Vaccination United Provinces of Agra and Oudh 1914-1922 - 1914-1922
Year: 1914
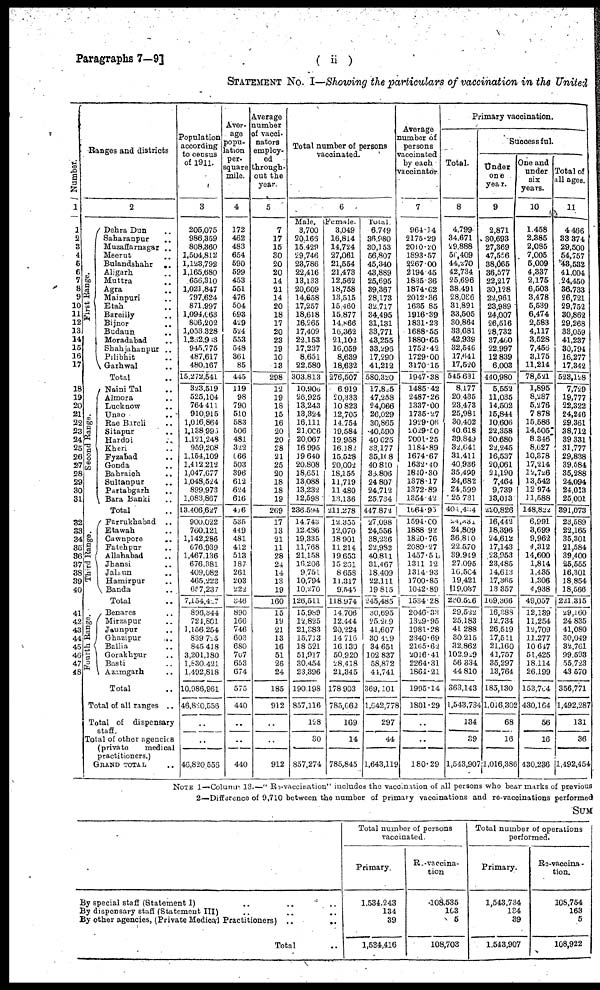
Paragraphs 7—9]
( ii )
STATEMENT No. I—Showing the particulars of vaccination in the United
Number.
1
1
2
3
4
5
6
7
8
9
10
11 12
13
14
15
16
17
18
19
20
21
22
23
24
25
26
27
28
29
30
31
32
33
34
35
36
37
38
39
40
41
42
43
44
45
46
47
48
Ranges and districts
2
First Range.
Second Range.
Third Range.
Fourth Range.
Dehra Dun ..
Saharanpur ..
Muzaffarnagar ..
Meerut ..
Bulandshahr
..
Aligarh ..
Muttra ..
Agra ..
Mainpuri ..
Etah ..
Bareilly ..
Bijnor ..
Budaun ..
Moradabad ..
Shahjahanpur ..
Pilibhit ..
Garhwal ..
Total ..
Naini Tal ..
Almora ..
Lucknow ..
Unao ..
Rae Bareli ..
Sitapur ..
Hardoi ..
Kheri ..
Fyzabad ..
Gonda ..
Bahraich ..
Sultanpur ..
Partabgarh ..
Bara Banki ..
Total ..
Farrukhabad
..
Etawah ..
Cawnpore ..
Fatehpur ..
Allahabad ..
Jhansi ..
Jalaun ..
Hamirpur ..
Banda ..
Total ..
Benares ..
Mirzapur ..
Jaunpur ..
Ghazipur
..
Ballia ..
Gorakhpur ..
Basti ..
Azamgarh ..
Total ..
Total of all ranges ..
Total of dispensary
staff.
Total of other agencies
(private medical
practitioners.)
GRAND TOTAL
Population
according
to census
of 1911.
3
205,075
986,359
808,360
1,504,812
1,123,792
1,165,680
656,310
1,021,847
797,624
871,997
1,094,663
806,202
1,053,328
1,262,963
945,775
487,617
480,167
15,272,541
323,519
525,104
764,411
910,915
1,016,864
1,138,996
1,121,248
959,208
1,154,109
1,412,212
1,047,677
1,048,524
899,973
1,083,867
13,406,627
900,022
760,121
1,142,286
676,939
1,467,136
676,381
409,082
465,223
657,237
7,154,427
896,344
724,801
1,156,254
839,725
845,418
3,201,180
1,830,421
1,492,818
10,986,961
46,820,556
..
..
46,820,556
Aver-
age
popu-
lation
per-
square
mile.
4
172
462
483
654
590
599
453
551
476
504
693
429
524
553
548
361
85
445
119
98
790
510
583
506
481
322
666
503
396
612
624
616
416
535
449
481
412
513
187
261
203
222
346
890
166
746
603
680
767
653
674
575
440
..
..
440
Average
number
of vacci¬
nators
employ-
ed
through-
out the
year.
5
7
17
15
30
20
20
14
21
14
20
18
17
20
23
19
10
13
298
12
19
18
15
16
20
20
28
21
25
20
18
18
19
269
17
13
21
11
28
24
14
13
19
160
15
19
21
13
16
51
26
24
185
912
..
..
912
Total number of persons
vaccinated.
6
Male.
3,700
20,166
15,429
29,746
23,786
22,416
13,133
20,609
14,658
17,257
18,618
16,265
17,409
22,153
17,237
8,651
22,580
303,813
10,906
26,925
13,243
13,324
16,111
21,006
20,067
16,995
19,640
20,808
18,651
13,088
13,232
12,598
236,594
14,743
12,486
19,335
11,768
21,158
16,206
9,751
10,794
10,270
126,511
15,989
12,825
21,383
15,713
18,521
51,917
30,454
23,396
190,198
857,116
128
30
857,274
Female.
3,049
16,814
14,724
27,061
21,554
21,473
12,562
18,758
13,515
15,460
15,877
14,866
16,362
21,102
16,059
8,639
18,632
276,507
6,919
20,333
10,823
12,705
14,754
19,584
19,958
16,182
15,528
20,002
18,155
11,719
11,480
13,136
211,278
12,355
12,070
18,901
11,214
19,653
15,261
8,658
11,317
9,545
118,974
14,706
12,444
20,224
14,716
16,130
50,920
28,418
21,345
178,903
785,662
169
14
785,845
Total.
6,749
36,980
30,153
56,807
45,340
43,889
25,695
39,367
28,173
32,717
34,495
31,131
33,771
43,255
33,296
17,290
41,212
580,320
17,825
47,258
24,066
26,029
30,865
40,590
40,025
33,177
35,108
40,810
36,806
24,807
24,712
25,734
447,872
27,098
24,556
38,236
22,982
40,811
31,467
18,409
22,111
19,815
245,485
30,695
25,269
41,607
30,429
34,651
102,837
58,872
44,741
369,101
1,642,778
297
44
1,643,119
Average
number of
persons
vaccinated
by each
vaccinator.
7
964.14
2175.29
2010.20
1893.57
2267.00
2194.45
1835.36
1874.62
2012.36
1635.85
1916.39
1831.23
1688.55
1880.65
1752.42
1729.00
3170.15
1947.38
1485.42
2487.26
1337.00
1735.27
1929.06
2029.50
2001.25
1184.89
1674.67
1632.40
1810.30
1378.17
1372.89
1354.42
1664.95
1594.00
1888.92
1820.76
2089.27
1457.51
1311.12
1314.93
1700.85
1042.89
1534.28
2046.33
1329.95
1981.28
2340.69
2165.62
2016.41
2264.31
1864.21
1995.14
1801.29
..
..
180.29
Primary vaccination.
Total.
8
4,799
34,671
29,888
56,409
44,270
42,734
25,696
38,491
28,086
31,891
33,505
30,864
33,681
42,939
32,546
17,641
17,520
545,631
8,177
20,435
23,473
25,981
30,402
40,618
39,849
32,641
31,411
40,936
35,499
24,682
24,599
25,731
404,434
24,331
24,809
36,810
22,570
39,949
27,095
16,504
19,421
19,037
230,526
29,522
25,183
41,288
30,215
32,862
102,929
56,334
44,810
363,143
1,543,734
134
39
1,543,907
Successful.
Under
one
year.
9
2,871
30,693
27,369
47,556
38,065
36,577
22,217
30,128
22,961
23,989
24,007
26,516
28,732
37,460
22,997
12,839
6,003
440,980
5,552
11,035
14,502
15,844
10,606
22,358
30,680
22,245
16,537
20,061
21,190
7,464
9,739
13,013
220,826
16,442
18,396
24,612
17,143
23,953
23,485
14,613
17,365
13,357
169,366
16,388
12,734
26,519
17,511
21,160
41,757
35,297
13,764
185,130
1,016,302
68
16
1,016,386
One and
under
six
years.
10
1,458
2,385
2,085
7,005
5,009
4,337
2,175
6,503
3,478
5,539
6,474
2,583
4,117
3,528
7,456
3,175
11,214
78,521
1,895
8,287
5,276
7,878
15,586
14,505
8,346
8,627
10,378
17,214
12,726
13,542
12,974
11,588
148,822
6,991
3,699
9,962
4,312
14,600
1,814
1,435
1,306
4,938
49,057
12,139
11,254
12,709
11,277
10,647
51,425
18,114
26,199
153,764
430,164
56
16
430,236
Total of
all ages.
11
4,466
33,374
29,500
54,757
43,532
41,004
24,450
36,733
26,721
29,752
30,862
29,268
33,059
41,237
30,794
16,277
17,342
523,128
7,729
19,777
22,322
24,246
29,361
38,712
39,331
31,777
29,838
39,584
35,288
24,094
24,013
25,001
391,073
23,589
22,165
35,301
21,584
39,400
25,555
16,301
18,854
18,566
221,315
29,160
24,835
41,080
30,049
32,761
99,593
55,723
43,570
356,771
1,492,287
131
36
1,492,454
NOTE 1—Column 13.—“Re-vaccination" included the vaccination of all persons who bear marks of previous
2—Difference of 9,710 between the number of primary vaccinations and re-vaccinations performed
SUM
By special staff (Statement I) .. .. ..
By dispensary staff (Statement III) .. .. ..
By other agencies, (Private Medical Practitioners) ..
..
Total ..
Total number of persons
vaccinated.
Primary.
1,534,243
134
39
1,534,416
Re-vaccina-
tion
108,535
163
5
108,703
Total number of operations
performed.
Primary.
1,543,734
134
39
1,543,907
Re-vaccina¬
tion.
108,754
163
5
108,922